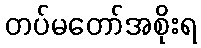
တပ်မတော်အစိုးရ